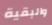
والبقية